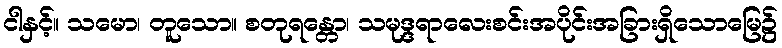
ငါနှင့်။ သမော၊ တူသော။ စတုရန္တော၊ သမုဒ္ဒရာလေးစင်းအပိုင်းအခြားရှိသောမြေ၌